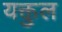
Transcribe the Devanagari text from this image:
यक्तुल